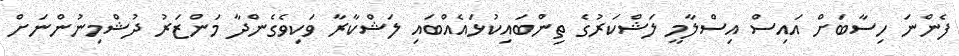
ފެންނަ ހިސާބަށް އައިސް އިސްލާމީ ލަޝްކަރުގެ ތިންބައިކުޅައެއްބައި ލަޝްކާރާ ވަކިވެގެންދާ މަންޒަރު ދުޝްމިނުންނަށް